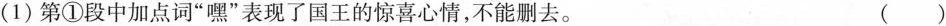
(1)第①段中加点词”嘿”表现了国王的惊喜心情，不能删去。 ()